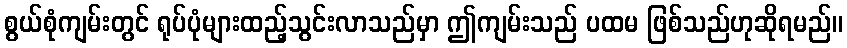
စွယ်စုံကျမ်းတွင် ရုပ်ပုံများထည့်သွင်းလာသည်မှာ ဤကျမ်းသည် ပထမ ဖြစ်သည်ဟုဆိုရမည်။